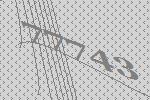
77743